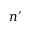
n ^ { \prime }